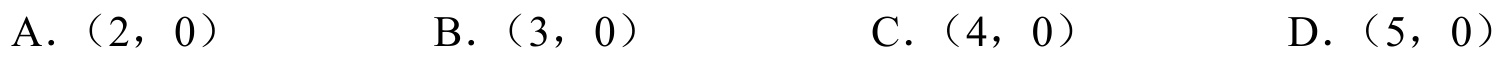
A. \((2,0)\)  \(\qquad\) B. \((3,0)\)  \(\qquad\) C. \((4,0)\)  \(\qquad\) D. \((5,0)\)